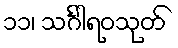
၁၁၊ သင်္ဂါရဝသုတ်